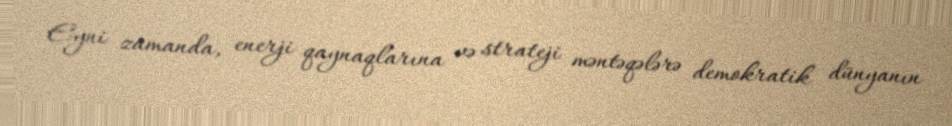
Eyni zamanda, enerji qaynaqlarına və strateji məntəqələrə demokratik dünyanın